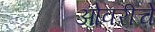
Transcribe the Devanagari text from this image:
ओवरीचे